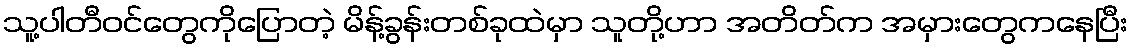
သူ့ပါတီဝင်တွေကိုပြောတဲ့ မိန့်ခွန်းတစ်ခုထဲမှာ သူတို့ဟာ အတိတ်က အမှားတွေကနေပြီး